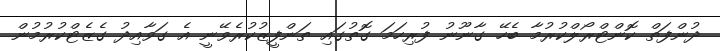
ދުންފަތް ކޮންޓްރޯލްކުރުމާ ބެހޭ ގާނޫނު ފުރިހަމަ ގޮތުގައި ތަންފީޒުކުރެވޭނީ އެ ގަވާއިދު ގެޒެޓްކުރުމުން